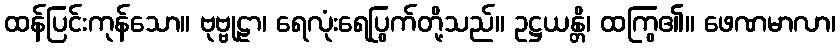
ထန်ပြင်းကုန်သော။ ဗုဗ္ဗုဠာ၊ ရေလုံးရေပြွက်တို့သည်။ ဥဋ္ဌယန္တိ၊ ထကြွ၏။ ဖေဏမာလာ၊